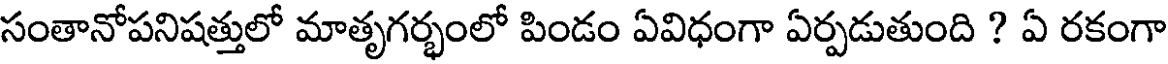
సంతానోపనిషత్తులో మాతృగర్భంలో పిండం ఏవిధంగా ఏర్పడుతుంది ? ఏ రకంగా